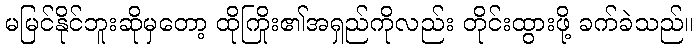
မမြင်နိုင်ဘူးဆိုမှတော့ ထိုကြိုး၏အရှည်ကိုလည်း တိုင်းထွားဖို့ ခက်ခဲသည်။